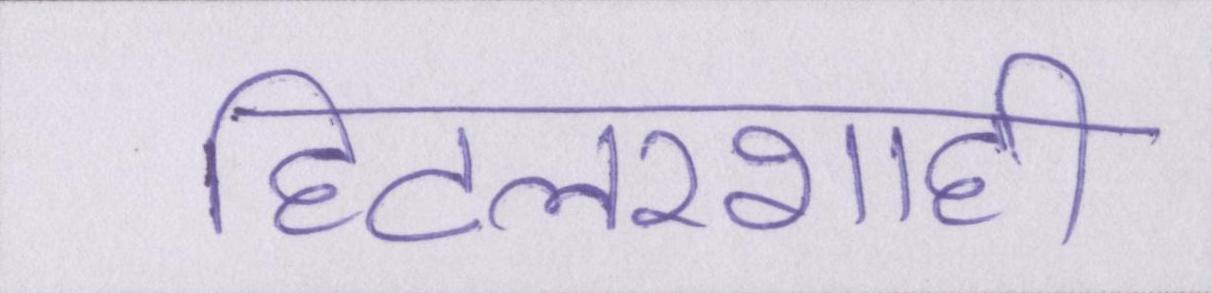
हिटलरशाही